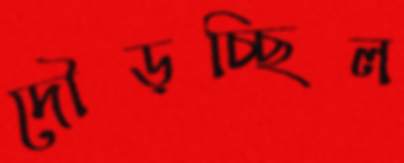
দৌড়চ্ছিল